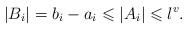
LaTeX: \begin{align*} |B_i|=b_i-a_i\leqslant |A_i|\leqslant l^v.\end{align*}